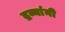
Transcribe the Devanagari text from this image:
द्रव्यांनी